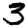
Digit: 3